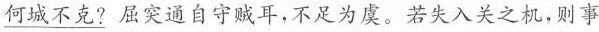
\underline{何城不克?}屈突通自守贼耳，不足为虞。若失入关之机，则事